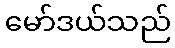
မော်ဒယ်သည်